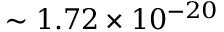
\sim 1 . 7 2 \times 1 0 ^ { - 2 0 }